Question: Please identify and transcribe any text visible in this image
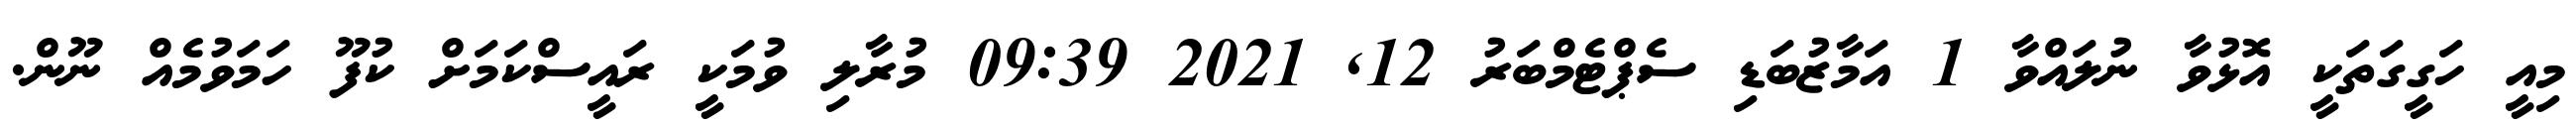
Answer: މިއީ ހަގީގަތަކީ އޮޅުވާ ނުލައްވާ 1 އަމާޒުބަޑި ސެޕްޓެމްބަރު 12, 2021 09:39 މުރާލި ވުމަކީ ރައީސްކަމަށް ކުފޫ ހަމަވުމެއް ނޫން.